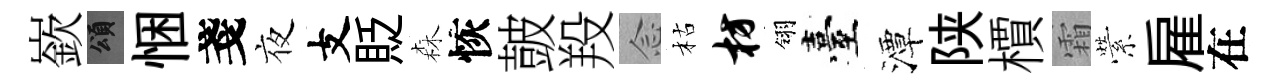
嶔頌悃戔夜支貶森恢皷羖𫝹枯枋翎臺潭陕檟霜縈雇在